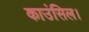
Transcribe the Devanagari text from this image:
काउंसिल।